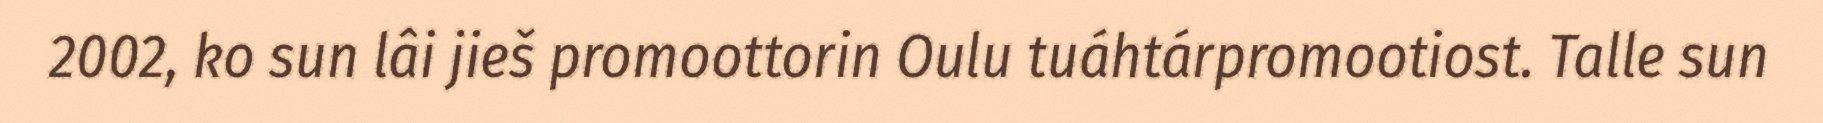
2002, ko sun lâi jieš promoottorin Oulu tuáhtárpromootiost. Talle sun